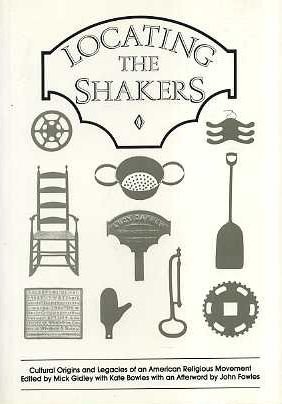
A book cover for Locating the Shakers: Cultural Origins and Legacies of an American Religious Movement (Exeter Studies in American & Commonwealth Arts ); Mick Gidley; Christian Books & Bibles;